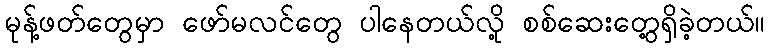
မုန့်ဖတ်တွေမှာ ဖော်မလင်တွေ ပါနေတယ်လို့ စစ်ဆေးတွေ့ရှိခဲ့တယ်။